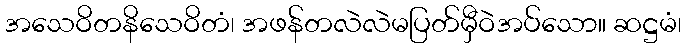
အသေဝိတနိသေဝိတံ၊ အဖန်တလဲလဲမပြတ်မှီဝဲအပ်သော။ ဆဋ္ဌမံ၊